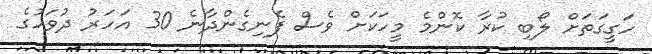
ހަގީގަތަށް ލޯބި ކުރާ ކޮންމެ މީހަކަށް ވެސް ފެނިގެންދާނެ 30 އަހަރު ދުވަހުގެ